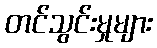
တင်သွင်းမှုများ